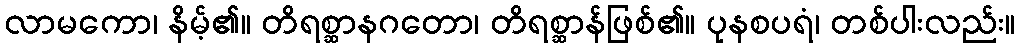
လာမကော၊ နိမ့်၏။ တိရစ္ဆာနဂတော၊ တိရစ္ဆာန်ဖြစ်၏။ ပုနစပရံ၊ တစ်ပါးလည်း။